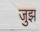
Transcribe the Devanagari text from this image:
जुझ